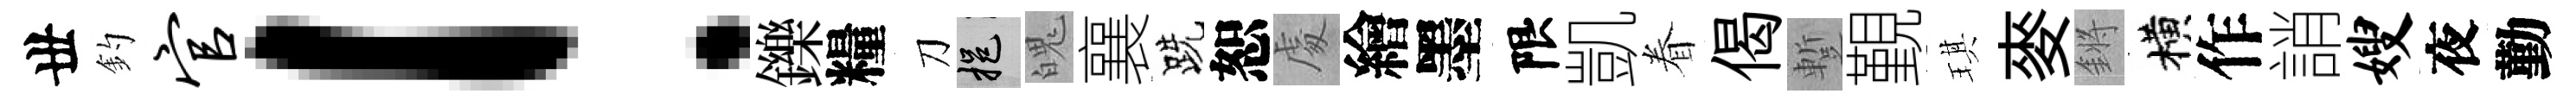
丗釣官！鑠糧刀挹魄襄跣恕䖏繪墨限凱眷偈蹔覲琪麥鏘横作誚嫂夜勤